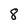
Character: 8